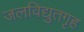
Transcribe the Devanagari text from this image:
जलविद्युतगृह